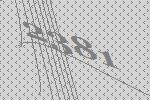
2381